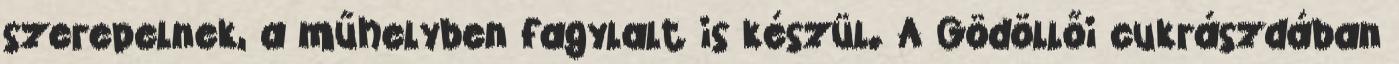
szerepelnek, a műhelyben fagylalt is készül. A Gödöllői cukrászdában